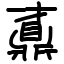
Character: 鼒